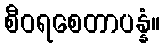
စီဝရစေတာပန္နံ။